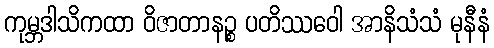
ကုမ္ဘဒါသိကထာ ဝိဇာတာနဉ္စ ပတိဿဝေါ အာနိသံသံ မုနီနံ